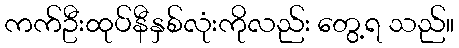
ကက်ဦးထုပ်နီနှစ်လုံးကိုလည်း တွေ့ရ သည်။